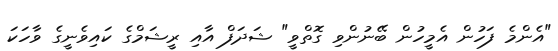
"އެންމެ ފަހުން އެމީހުން ބޭނުންވި ގޮތްވީ" ޝަދަފް އާއި ރީޝަމްގެ ކައިވެނީގެ ވާހަކަ